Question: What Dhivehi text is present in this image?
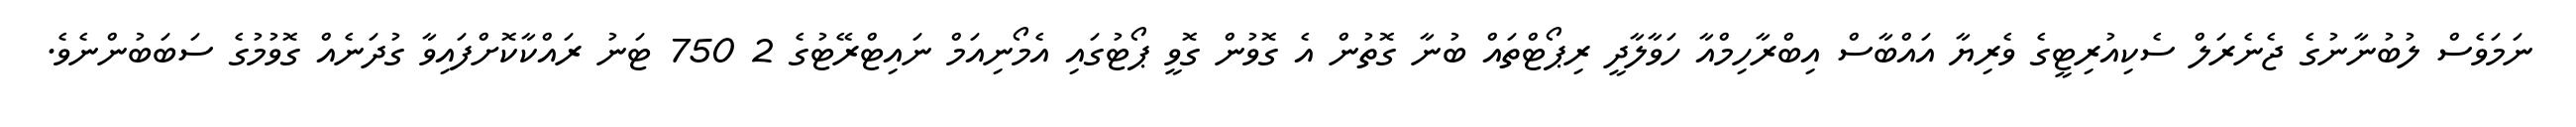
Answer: ނަމަވެސް ލުބުނާނުގެ ޖެނެރަލް ސެކިއުރިޓީގެ ވެރިޔާ އައްބާސް އިބްރާހިމްއާ ހަވާލާދީ ރިޕޯޓްތައް ބުނާ ގޮތުން އެ ގޮވުން ގޮވީ ޕޯޓުގައި އެމޯނިއަމް ނައިޓްރޭޓުގެ 2 750 ޓަނު ރައްކާކޮށްފައިވާ ގުދަނެއް ގޮވުމުގެ ސަބަބުންނެވެ.